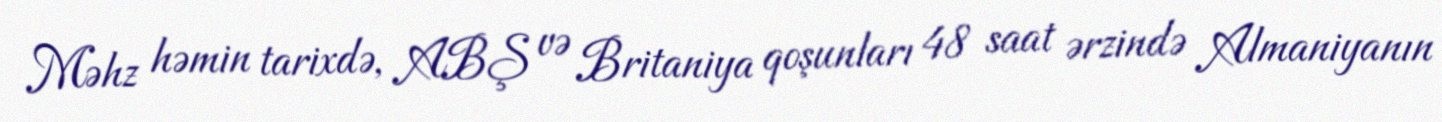
Məhz həmin tarixdə, ABŞ və Britaniya qoşunları 48 saat ərzində Almaniyanın